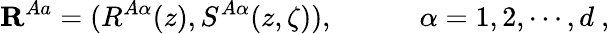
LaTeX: {\mathbf R}^{Aa}=(R^{A\alpha}(z),S^{A\alpha}(z,\zeta)),\quad\quad\quad\alpha=1,2,\cdots,d\ ,